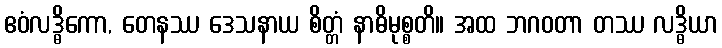
ဧဝံလဒ္ဓိကော, တေနဿ ဒေသနာယ စိတ္တံ နာဓိမုစ္စတိ။ အထ ဘဂဝတာ တဿ လဒ္ဓိယာ